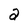
Character: 2